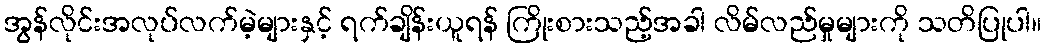
အွန်လိုင်းအလုပ်လက်မဲ့များနှင့် ရက်ချိန်းယူရန် ကြိုးစားသည့်အခါ လိမ်လည်မှုများကို သတိပြုပါ။